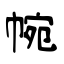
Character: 帵